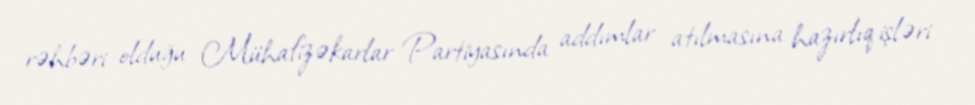
rəhbəri olduğu Mühafizəkarlar Partiyasında addımlar atılmasına hazırlıq işləri